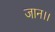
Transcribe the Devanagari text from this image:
जान।।